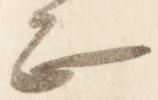
正